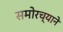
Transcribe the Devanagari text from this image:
समोरच्याने